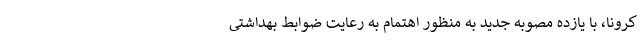
کرونا، با یازده مصوبه جدید به منظور اهتمام به رعایت ضوابط بهداشتی